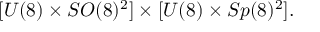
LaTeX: [ U ( 8 ) \times S O ( 8 ) ^ { 2 } ] \times [ U ( 8 ) \times S p ( 8 ) ^ { 2 } ] .